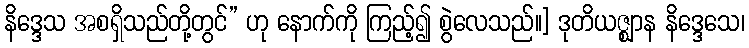
နိဒ္ဒေသ အစရှိသည်တို့တွင်” ဟု နောက်ကို ကြည့်၍ စွဲလေသည်။] ဒုတိယဇ္ဈာန နိဒ္ဒေသေ၊